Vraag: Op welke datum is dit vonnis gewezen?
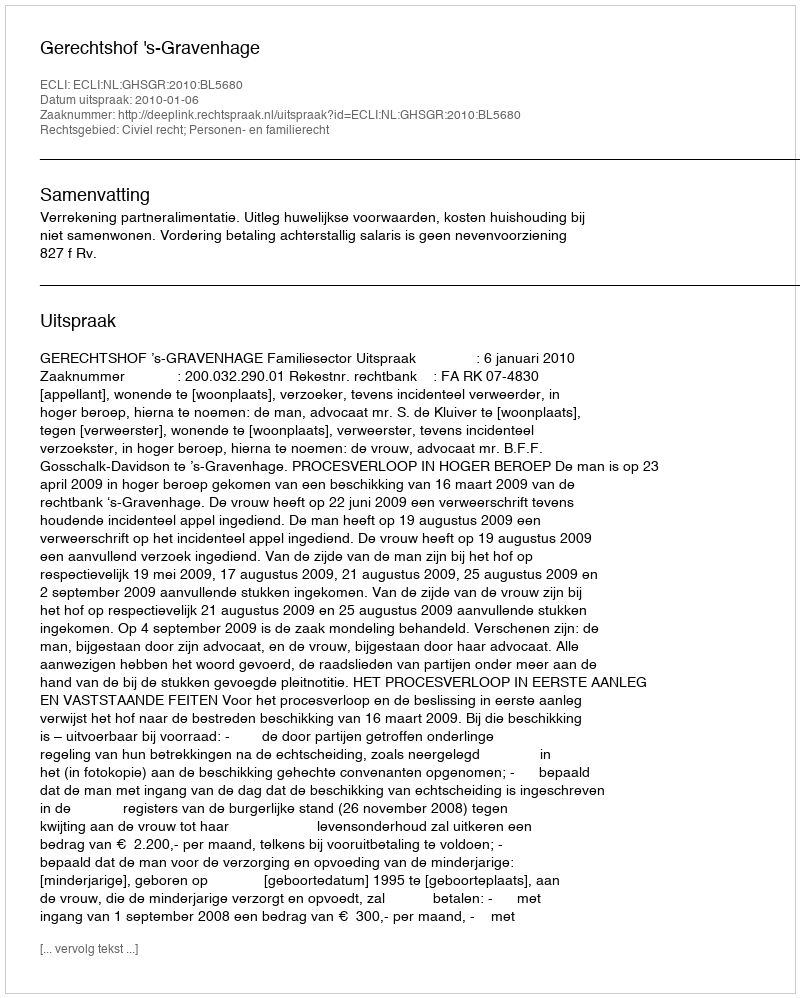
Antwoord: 2010-01-06